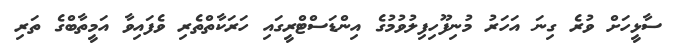
ސާޅީހަށް ވުރެ ގިނަ އަހަރު މުނިފޫހިފިލުވުމުގެ އިންޑަސްޓްރީގައި ހަރަކާތްތެރި ވެފައިވާ އަމީތާބްގެ ތަރި